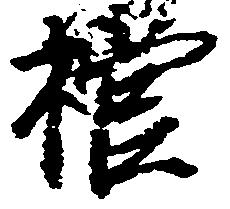
棺